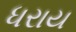
ધરાય